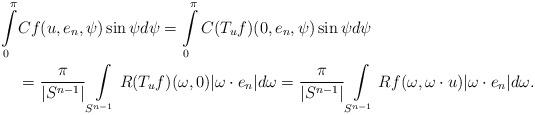
LaTeX: \begin{align*} \int\limits_0^\pi &Cf(u,e_n,\psi)\sin\psi d\psi = \int\limits_0^\pi C(T_uf)(0,e_n,\psi)\sin\psi d\psi\\ &= \frac{\pi}{|S^{n-1}|} \int\limits_{S^{n-1}}R(T_uf)(\omega,0)|\omega \cdot e_n|d\omega= \frac{\pi}{|S^{n-1}|}\int\limits_{S^{n-1}} Rf(\omega,\omega\cdot u)|\omega\cdot e_n|d\omega. \end{align*}